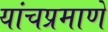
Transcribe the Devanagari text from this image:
यांचप्रमाणे